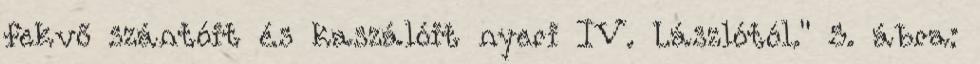
fekvő szántóit és kaszálóit nyeri IV. Lászlótól." 5. ábra: